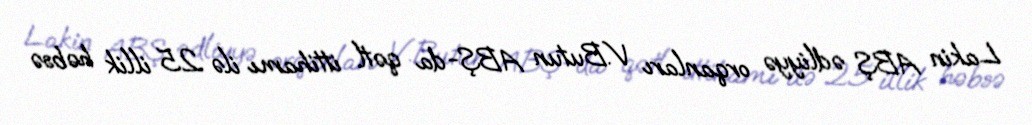
Lakin ABŞ ədliyyə orqanları V.Butun ABŞ-da qətl ittihamı ilə 25 illik həbsə